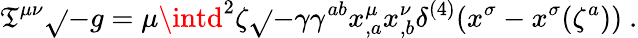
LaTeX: \mathfrak{T}^{\mu\nu}\sqrt{}{{-g}}=\mu\intd^{2}\zeta\sqrt{}{{-\gamma}}\gamma^{ab}x_{,a}^{\mu}x_{,b}^{\nu}\delta^{(4)}(x^{\sigma}-x^{\sigma}(\zeta^{a}))~.